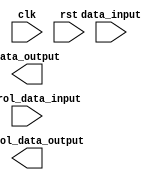
`timescale 1ns / 1ps
//////////////////////////////////////////////////////////////////////////////////
// Company: 
// Engineer: 
// 
// Design Name: 
// Module Name:    ex_wb_reg 
// Project Name: 
// Target Devices: 
// Tool versions: 
// Description: 
//
// Dependencies: 
//
// Revision: 
// Revision 0.01 - File Created
// Additional Comments: 
//
//////////////////////////////////////////////////////////////////////////////////
module ex_wb_reg(
	 input clk,
    input rst,
    input data_input,
    input control_data_input,
    output data_output,
    output control_data_output
    );


endmodule